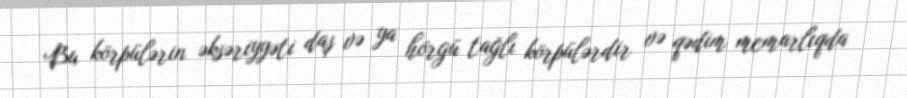
Bu körpülərin əksəriyyəti daş və ya hörgü tağlı körpülərdir və qədim memarlıqda